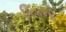
કિકનો